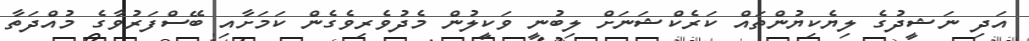
އަދި ނަޝީދުގެ ލިޔެކިޔުންތައް ކަރެކްޝަނަށް ލިބުނީ ވަކީލުން މެދުވެރިވެގެން ކަމަށާއި ބޭސްފަރުވާގެ މުއްދަތާ